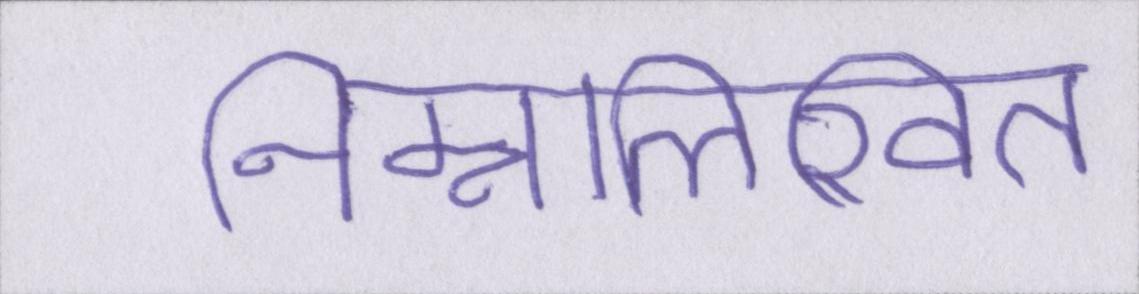
निम्नलिखित